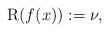
LaTeX: \begin{align*} \mathrm{R}(f(x)):=\nu,\end{align*}